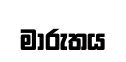
මාරුතය